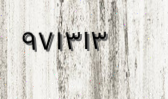
٩٧١٣١٣